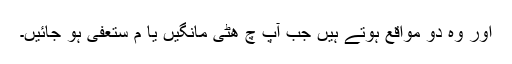
اور وہ دو مواقع ہوتے ہیں جب آپ چ ھٹی مانگیں یا م ستعفی ہو جائیں۔